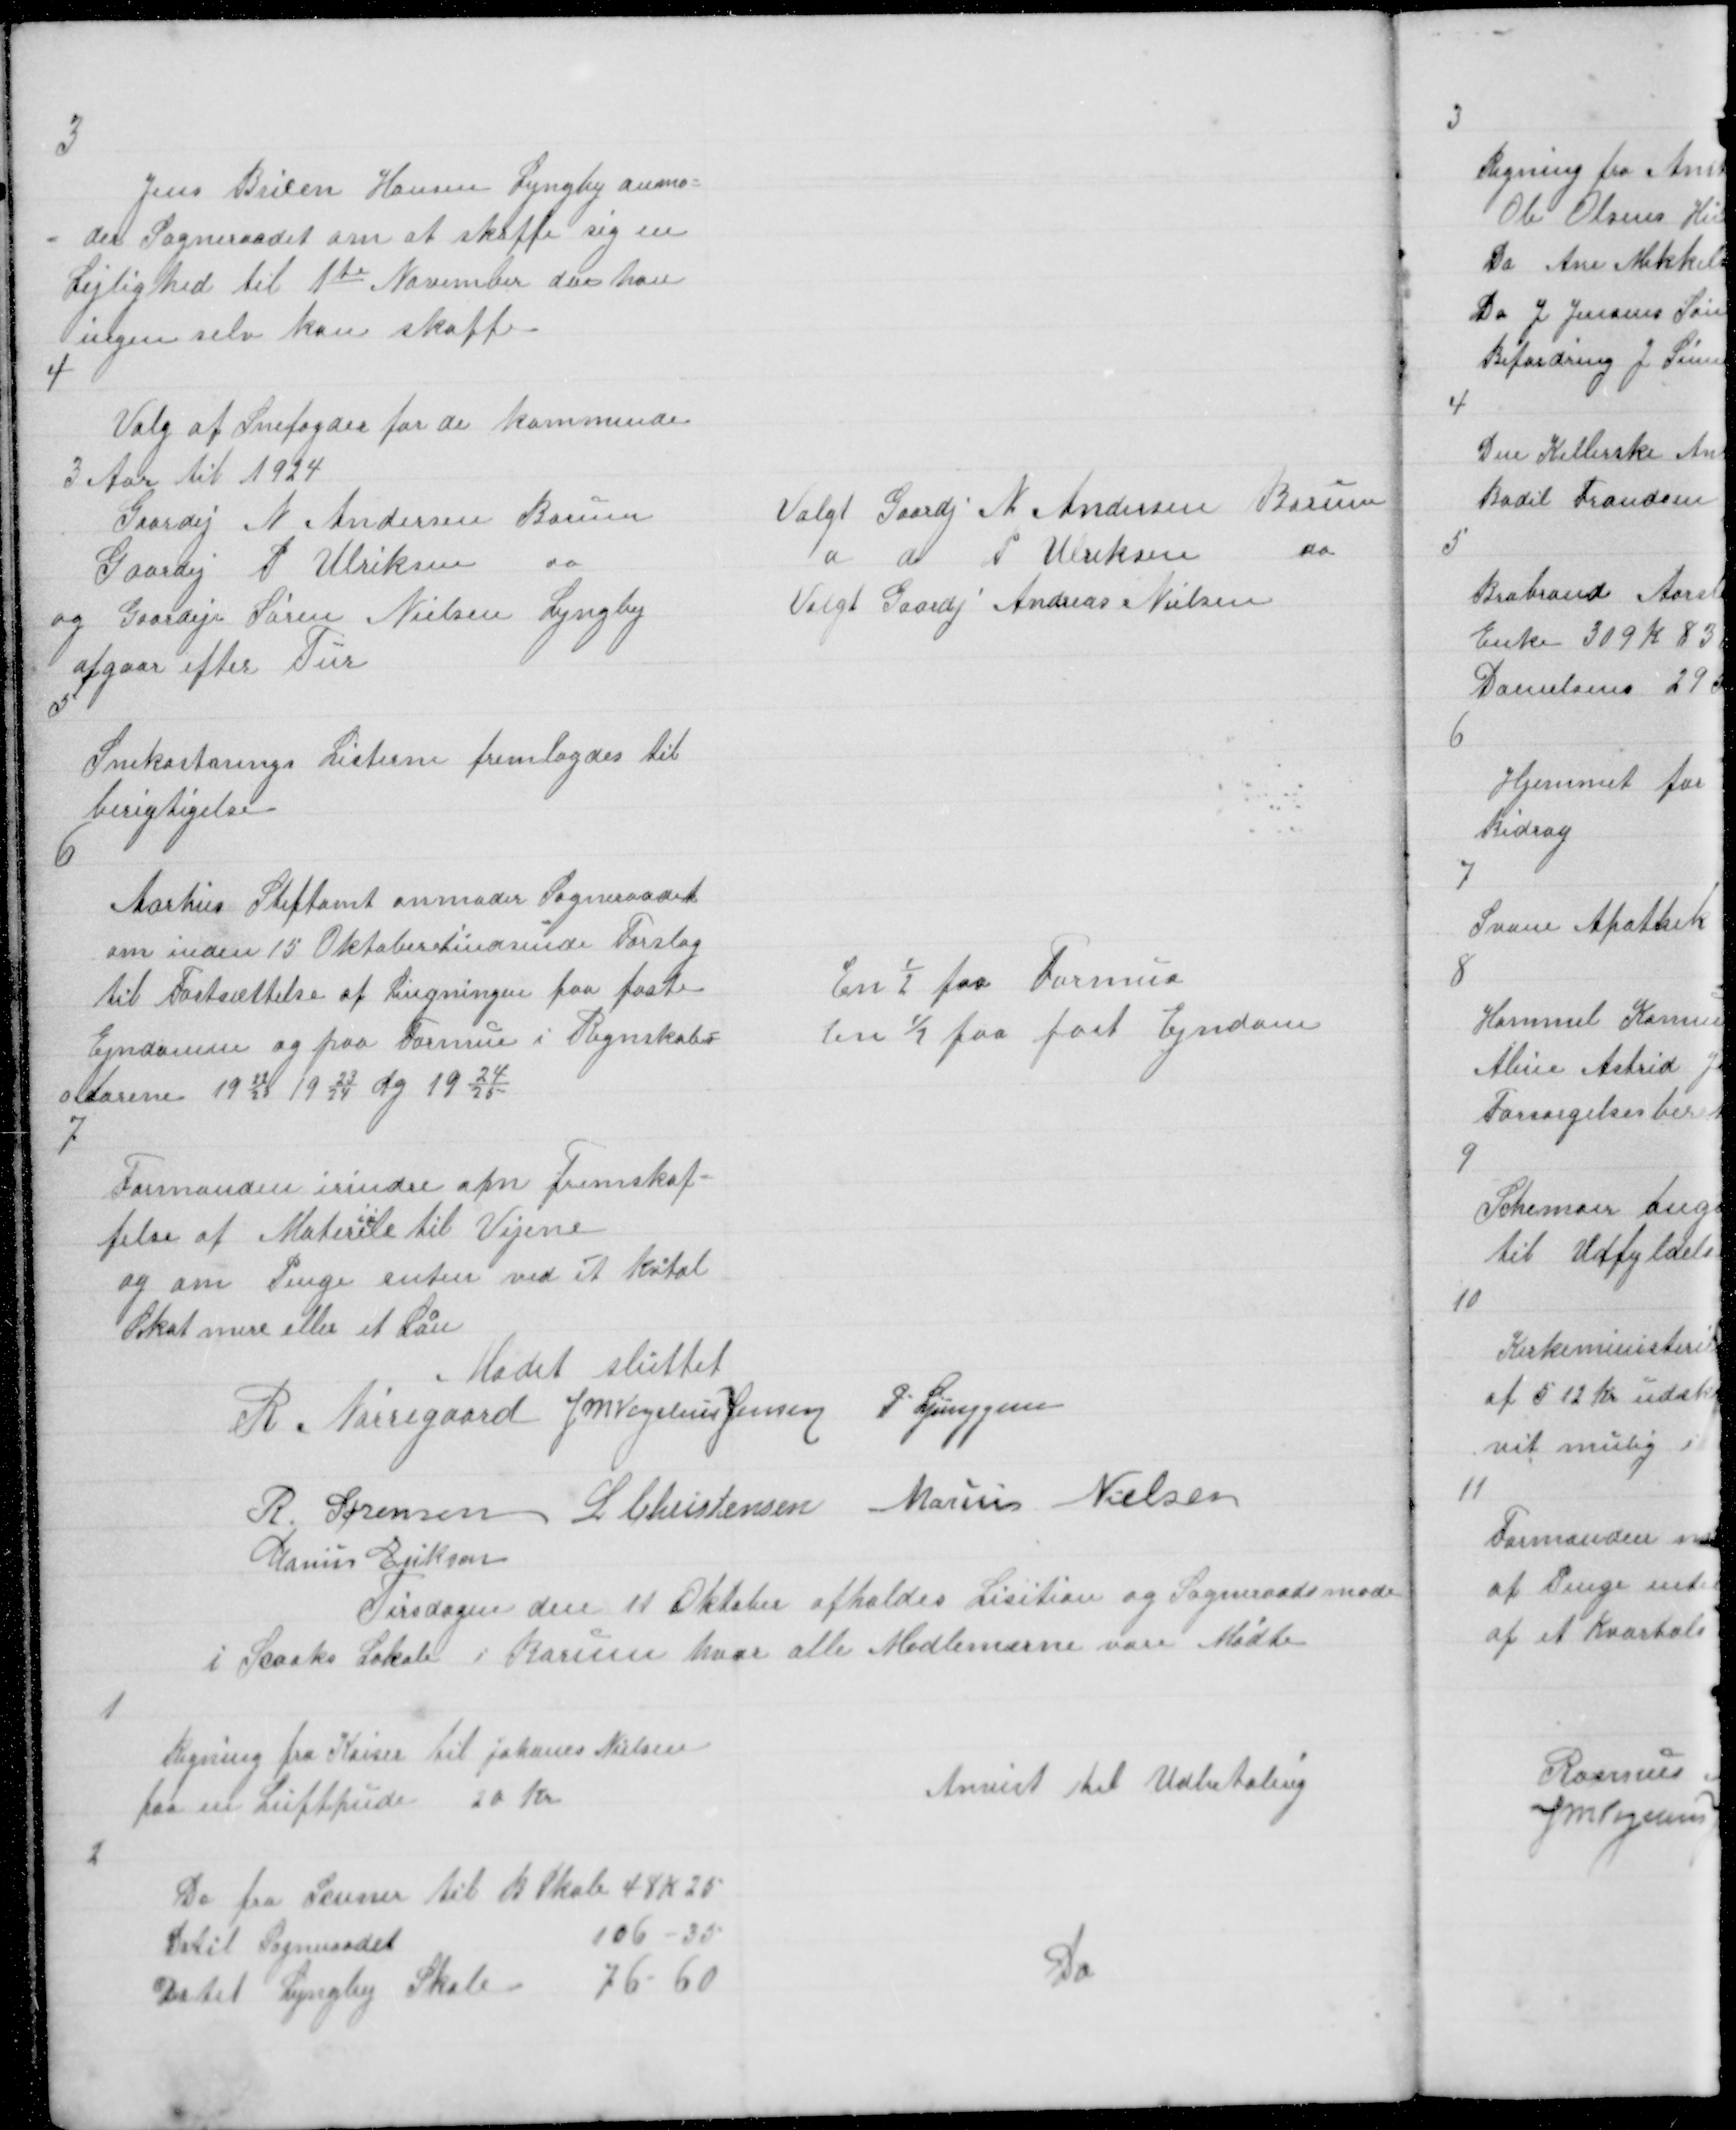
Transskription:
3

Jens Brixen Hansen Lyngby anmo=
= der Sogneraadet om at skaffe sig en
Lejlighed til 1te November da han
ingen selv kan skaffe

4

Valg af Snefogder for de kommende
3 Aar til 1924
Gaardej N Andersen Borum
Gaardej P Ulriksen do
og Gaardej Søren Nielsen Lyngby
afgaar efter Tur

Valgt Gaardej N Andersen Borum
d do P Ulriksen do
Valgt Gaardj Andreas Nielsen

5
Snekastnings Listerne fremlagdes til
berigtigelse

6
Aarhus Stiftamt anmoder Sogneraadet
om inden 15 Oktoberatindsende Forslag
Til Fastsættelse af Ligningen paa faste
Ejendomme og paa Formue i Regnskabs =
o Aarene 19 22/23 19 23/24 og 19 24/25

En ½ paa Formue
En ½ paa fast Ejendom

7

Formanden erindre om Fremskaf=
felse af Materile til Vejene
og om Penge enten ved ét Kvtal
Skat mere eller et Laan

Mødet sluttet
R Nørregaard J M Vogelius Jensen P Ljunggren
R. Sørensen L Christensen Marius Nielsen
Marius Eriksen

Tirsdagen den 11 Oktober afholdes Lisition og Sogneraadsmøde
i Saacks Lokale i Borum hvor alle Medlemerne vare Mødte

1

Regning fra Kaiser til Johanes Nielsen
paa en Luftpude 20 Kr

Anvist til Udbetaling

2

Do fra Seuner til B Skole 48 K 25
Do til Sogneraadet
106 - 35
Do til Lyngby Skole
76 - 60

Do